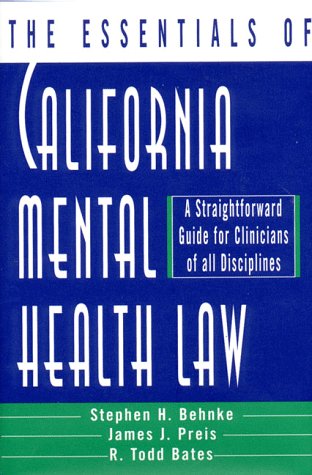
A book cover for The Essentials of California Mental Health Law: A Straightforward Guide for Clinicians of All Disciplines (The Essentials of Series); R. Todd Bates; Law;